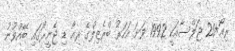
ރިއޯ+20 ޖަލްސާއަކީ 1992 ވަނަ އަހަރު ބްރެޒިލްގެ ރިއޯ ޑި ޖެނީރޯގައި ބޭއްވުނު